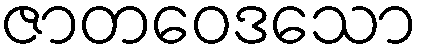
ဇာတဝေဒသော